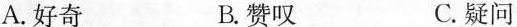
A.好奇 B.赞叹 C.疑问